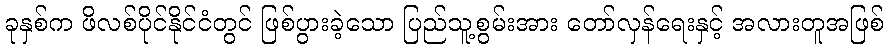
ခုနှစ်က ဖိလစ်ပိုင်နိုင်ငံတွင် ဖြစ်ပွားခဲ့သော ပြည်သူ့စွမ်းအား တော်လှန်ရေးနှင့် အလားတူအဖြစ်